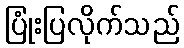
ပြုံးပြလိုက်သည်